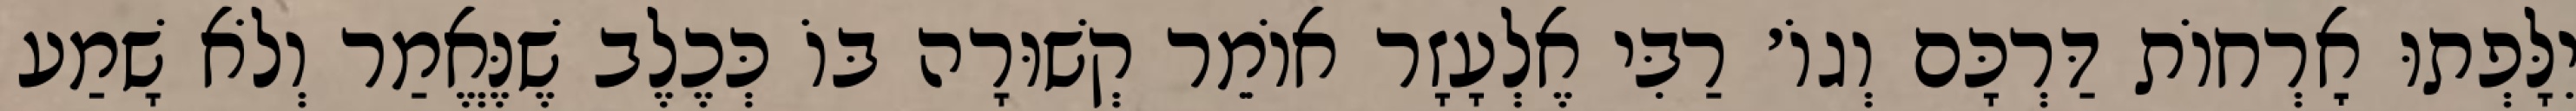
יִלָּפְתוּ אׇרְחוֹת דַּרְכָּם וְגוֹ׳ רַבִּי אֶלְעָזָר אוֹמֵר קְשׁוּרָה בּוֹ כְּכֶלֶב שֶׁנֶּאֱמַר וְלֹא שָׁמַע